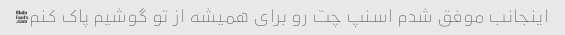
اینجانب موفق شدم اسنپ چت رو برای همیشه از تو گوشیم پاک کنم✋